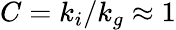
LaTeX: C=k_{i}/k_{g}\approx 1